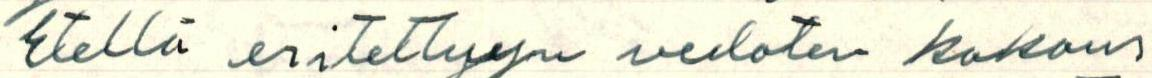
Etellä eritettyyn vedoten kokous